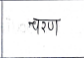
मजकूर: चरण